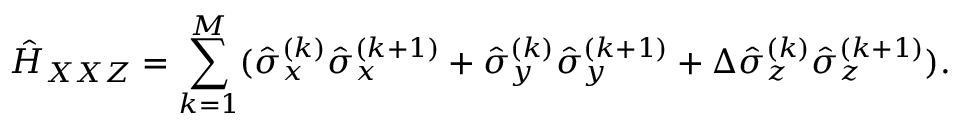
\hat { H } _ { X X Z } = \sum _ { k = 1 } ^ { M } ( \hat { \sigma } _ { x } ^ { ( k ) } \hat { \sigma } _ { x } ^ { ( k + 1 ) } + \hat { \sigma } _ { y } ^ { ( k ) } \hat { \sigma } _ { y } ^ { ( k + 1 ) } + \Delta \hat { \sigma } _ { z } ^ { ( k ) } \hat { \sigma } _ { z } ^ { ( k + 1 ) } ) .